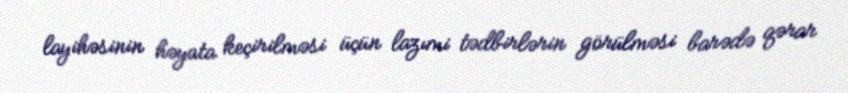
layihəsinin həyata keçirilməsi üçün lazımi tədbirlərin görülməsi barədə qərar